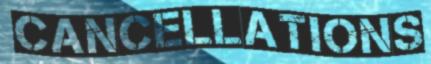
CANCELLATIONS